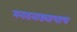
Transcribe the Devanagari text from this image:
मराठवाड्याचाच